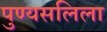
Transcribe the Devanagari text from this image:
पुण्यसलिला